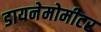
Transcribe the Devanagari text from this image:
डायनेमोमीटर